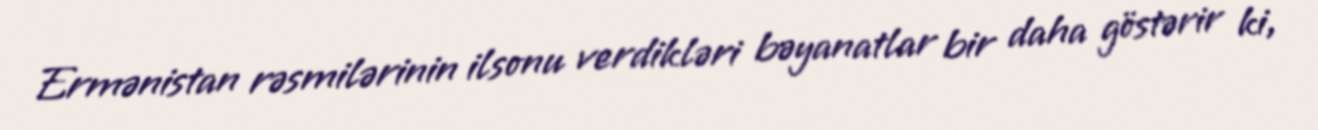
Ermənistan rəsmilərinin ilsonu verdikləri bəyanatlar bir daha göstərir ki,